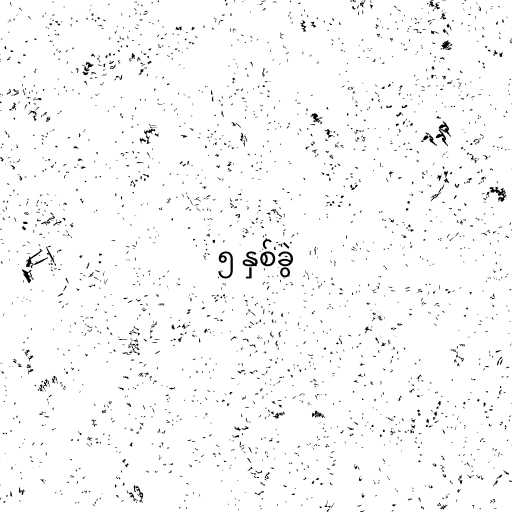
၅ နှစ်ခွဲ